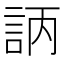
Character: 𧦿